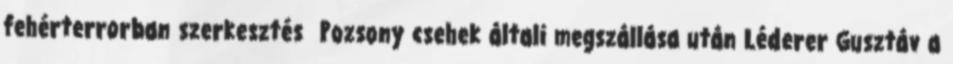
fehérterrorban szerkesztés Pozsony csehek általi megszállása után Léderer Gusztáv a